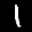
Label: 1